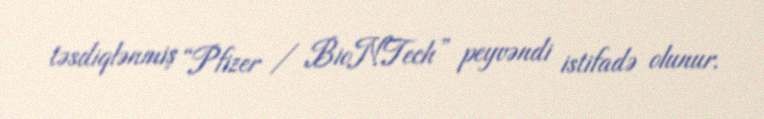
təsdiqlənmiş “Pfizer / BioNTech” peyvəndi istifadə olunur.